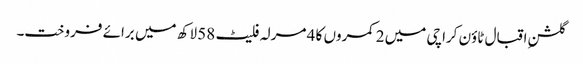
گلشنِ اقبال ٹاؤن کراچی میں 2 کمروں کا 4 مرلہ فلیٹ 58 لاکھ میں برائے فروخت۔